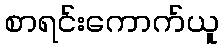
စာရင်းကောက်ယူ